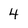
Character: 4